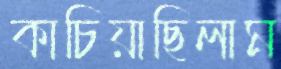
কাচিয়াছিলাম